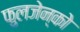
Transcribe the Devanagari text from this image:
फुलजेन्को